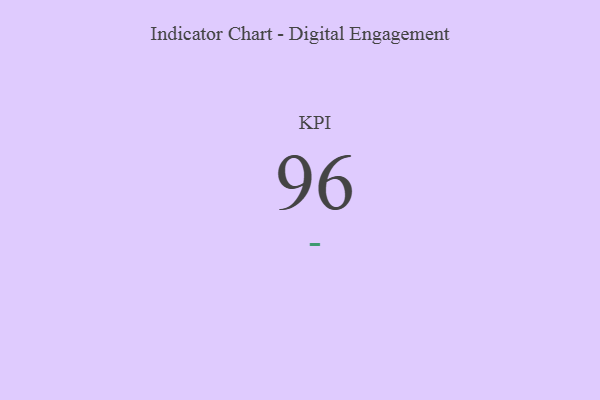
{"axis": {"x": "KPI", "y": "Value"}, "legend": [""], "data": [{"x": "KPI", "y": 96, "type": ""}]}